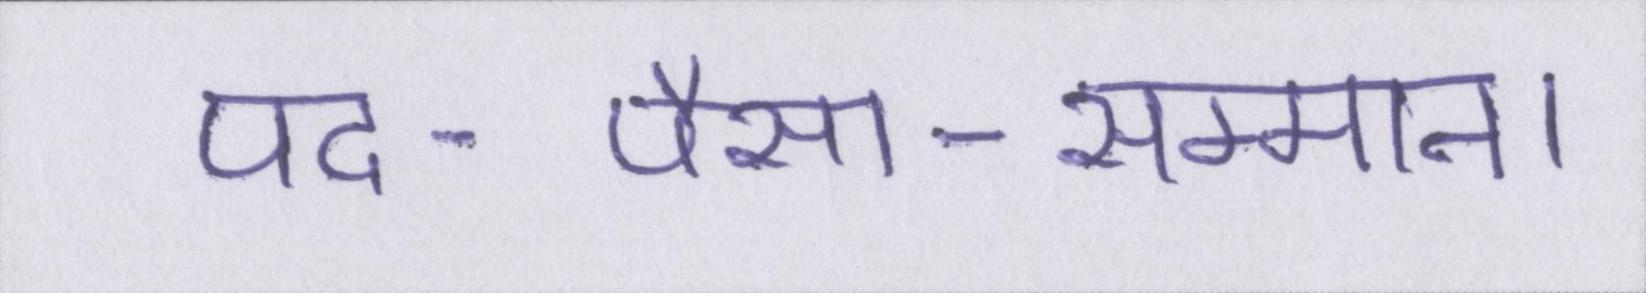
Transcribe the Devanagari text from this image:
पद-पैसा-सम्मान।